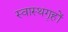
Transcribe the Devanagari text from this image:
स्वास्थगृहों